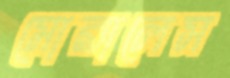
মোরালেস